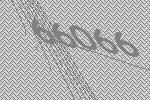
66066